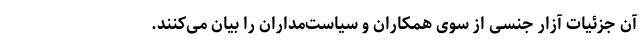
آن جزئیات آزار جنسی از سوی همکاران و سیاست‌مداران را بیان می‌کنند.